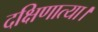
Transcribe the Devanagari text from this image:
दक्षिणात्या।